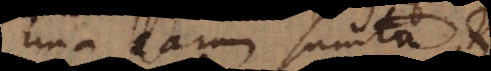
una earum sumta et